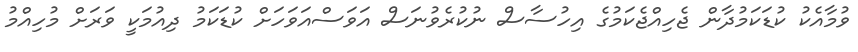
ވުމާއެކު ކުޑަކަމުދާން ޖެހިއްޖެކަމުގެ އިހުސާސް ނުކުރެވުނަސް އަވަސްއަވަހަށް ކުޑަކަމު ދިއުމަކީ ވަރަށް މުހިއްމު